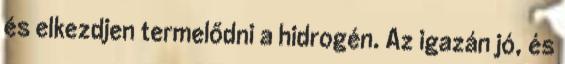
és elkezdjen termelődni a hidrogén. Az igazán jó, és